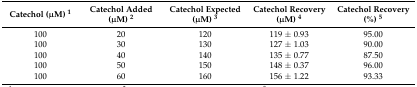
| Catechol (μM) 1 | Catechol Added (μM) 2 | Catechol Expected (μM) 3 | Catechol Recovery (μM) 4 | Catechol Recovery (%) 5 |
 | --- | --- | --- | --- | --- |
 | 100 | 20 | 120 | 119 ± 0.93 | 95.00 |
 | 100 | 30 | 130 | 127 ± 1.03 | 90.00 |
 | 100 | 40 | 140 | 135 ± 0.77 | 87.50 |
 | 100 | 50 | 150 | 148 ± 0.37 | 96.00 |
 | 100 | 60 | 160 | 156 ± 1.22 | 93.33 |